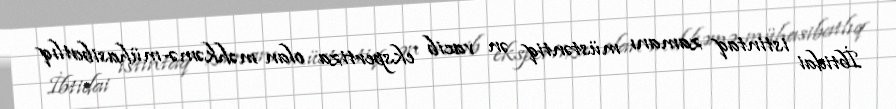
İbtidai istintaq zamanı müstəntiq ən vacib ekspertiza olan məhkəmə-mühasibatlıq